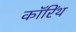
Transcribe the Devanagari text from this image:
कॉरिंथ